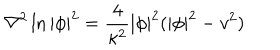
LaTeX: \nabla ^ { 2 } \ln | \phi | ^ { 2 } = \frac { 4 } { \kappa ^ { 2 } } | \phi | ^ { 2 } ( | \phi | ^ { 2 } - v ^ { 2 } )